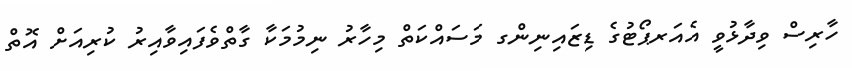
ހާރިސް ވިދާޅުވީ އެއަރޕޯޓުގެ ޑިޒައިނިންގ މަސައްކަތް މިހާރު ނިމުމަކާ ގާތްވެފައިވާއިރު ކުރިއަށް އޮތް